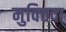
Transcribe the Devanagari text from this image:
मुक्‍तिदा